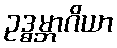
ဥဒ္ဓမ္ဘာဂိယာ